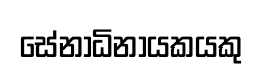
සේනාධිනායකයකු